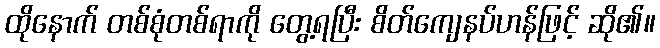
ထိုနောက် တစ်စုံတစ်ရာကို တွေ့ရပြီး စိတ်ကျေနပ်ဟန်ဖြင့် ဆို၏။